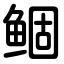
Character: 鲴